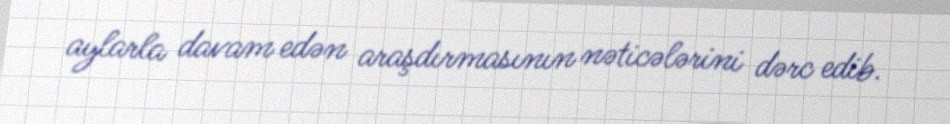
aylarla davam edən araşdırmasının nəticələrini dərc edib.